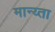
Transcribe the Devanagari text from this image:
मान्य्ता